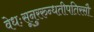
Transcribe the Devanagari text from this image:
वेधःसूनुररुन्धतीपतिरसौ